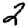
Digit: 2